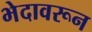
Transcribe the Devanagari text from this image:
भेदावरून